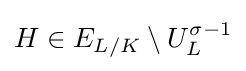
H\in E_{L/K}\setminus U_{L}^{\sigma -1}